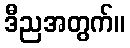
ဒီညအတွက်။